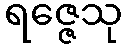
ရဇ္ဇေသု